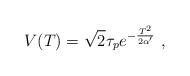
LaTeX: \begin{align*} V(T) = \sqrt{2}\tau_pe^{-{ T^2\over 2\alpha'}}\ ,\end{align*}